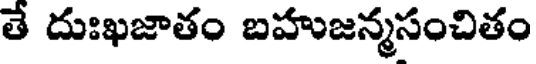
తే దుఃఖజాతం బహుజన్మసంచితం